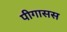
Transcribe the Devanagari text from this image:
पीगासस